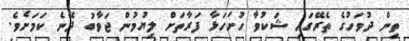
ތިން ދުވަހުގެ ތެރޭގައި ޝަކުވާ ހުށަހަޅާ ފަރާތަށް ލިޔުމުން ޖަވާބު ދޭނެ ކަމަށެވެ.